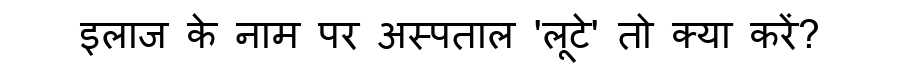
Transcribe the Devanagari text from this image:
इलाज के नाम पर अस्पताल 'लूटे' तो क्या करें?